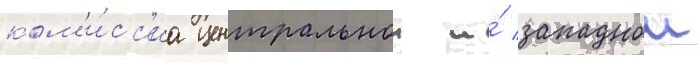
ком'и́сс'иа центральнои и́ западнои